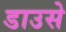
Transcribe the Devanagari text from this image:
डाउसे